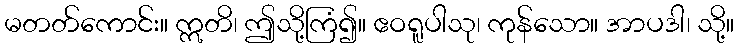
မတတ်ကောင်း။ ဣတိ၊ ဤသို့ကြံ၍။ ဧဝရူပါသု၊ ကုန်သော။ အာပဒါ၊ သို့။